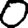
Digit: 0